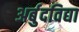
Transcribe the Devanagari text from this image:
अर्बुदविद्या